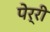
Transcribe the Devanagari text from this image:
पेर्री